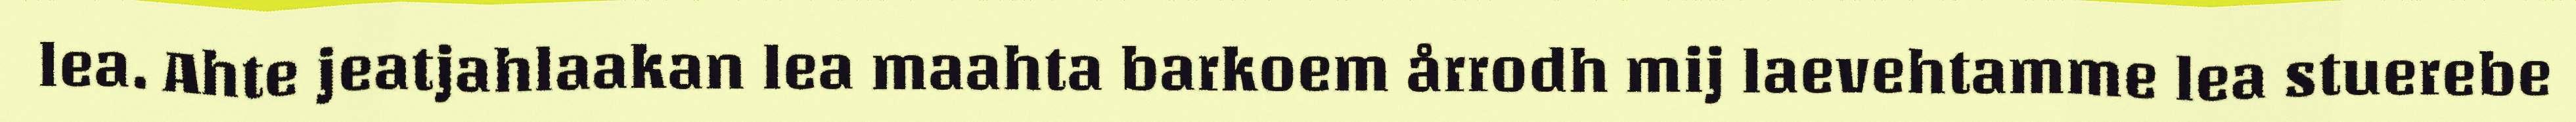
lea. Ahte jeatjahlaakan lea maahta barkoem årrodh mij laevehtamme lea stuerebe